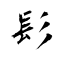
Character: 髟